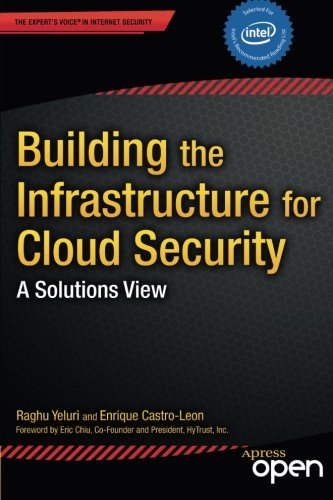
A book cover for Building the Infrastructure for Cloud Security: A Solutions View (Expert's Voice in Internet Security); Raghuram Yeluri; Computers & Technology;